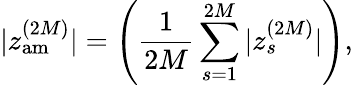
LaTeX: \displaystyle|z_{\mathrm{am}}^{(2M)}|=\left(\frac{1}{2M}\sum_{s=1}^{2M}|z_{s}^{(2M)}|\right),